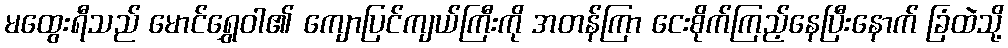
မထွေးရီသည် မောင်ရွှေဝါ၏ ကျောပြင်ကျယ်ကြီးကို အတန်ကြာ ငေးစိုက်ကြည့်နေပြီးနောက် ခြံထဲသို့